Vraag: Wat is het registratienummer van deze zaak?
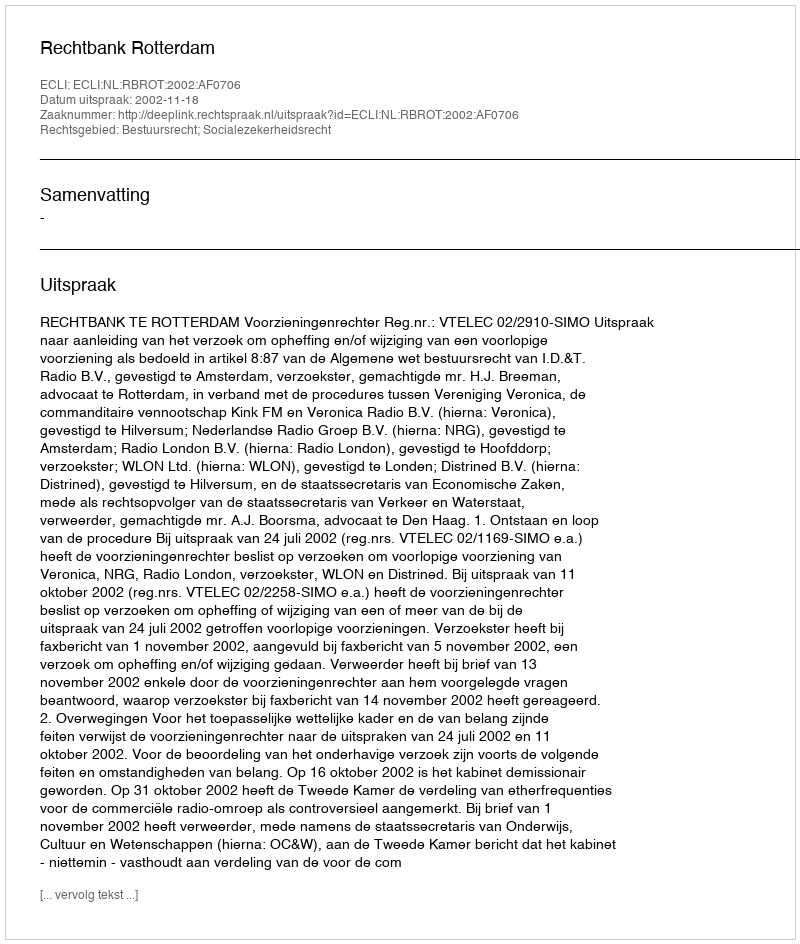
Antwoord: http://deeplink.rechtspraak.nl/uitspraak?id=ECLI:NL:RBROT:2002:AF0706